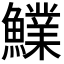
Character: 𩼋